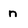
Character: n